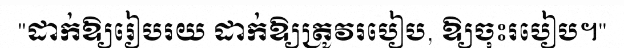
"ដាក់ឱ្យរៀបរយ ដាក់ឱ្យត្រូវរបៀប, ឱ្យចុះរបៀប។"